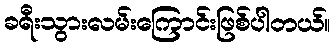
ခရီးသွားလမ်းကြောင်းဖြစ်ပါတယ်။